Civil Veterinary Department. Central Provinces & Berar 1925-31 - 1925-1931
Year: 1925
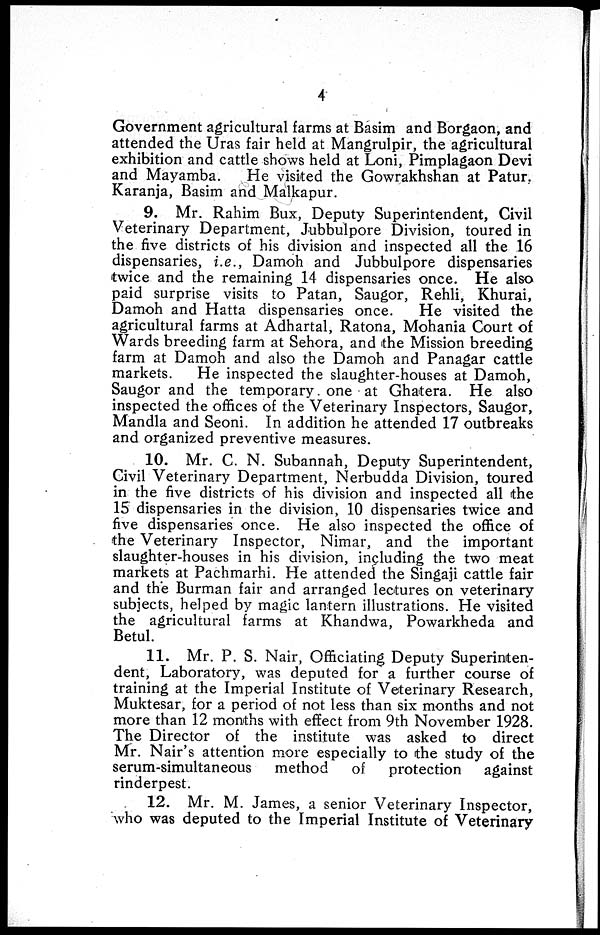
4
Government agricultural farms at Basim and Borgaon, and
attended the Uras fair held at Mangrulpir, the agricultural
exhibition and cattle shows held at Loni, Pimplagaon Devi
and Mayamba.
He visited the Gowrakhshan at Patur.
Karanja, Basim and Malkapur.
9. Mr. Rahim Bux, Deputy Superintendent, Civil
Veterinary Department, Jubbulpore Division, toured in
the five districts of his division and inspected all the 16
dispensaries, i.e., Damoh and Jubbulpore dispensaries
twice and the remaining 14 dispensaries once. He also
paid surprise visits to Patan, Saugor, Rehli, Khurai,
Damoh and Hatta dispensaries once.
He visited the
agricultural farms at Adhartal, Ratona, Mohania Court of
Wards breeding farm at Sehora, and the Mission breeding
farm at Damoh and also the Damoh and Panagar cattle
markets.
He inspected the slaughter-houses at Damoh,
Saugor and the temporary one at Ghatera. He also
inspected the offices of the Veterinary Inspectors, Saugor,
Mandla and Seoni. In addition he attended 17 outbreaks
and organized preventive measures.
10. Mr. C. N. Subannah, Deputy Superintendent,
Civil Veterinary Department, Nerbudda Division, toured
in the five districts of his division and inspected all the
15 dispensaries in the division, 10 dispensaries twice and
five dispensaries once. He also inspected the office of
the Veterinary Inspector, Nimar, and the important
slaughter-houses in his division, including the two meat
markets at Pachmarhi. He attended the Singaji cattle fair
and the Burman fair and arranged lectures on veterinary
subjects, helped by magic lantern illustrations. He visited
the agricultural farms at Khandwa, Powarkheda and
Betul.
11. Mr. P. S. Nair, Officiating Deputy Superinten-
dent, Laboratory, was deputed for a further course of
training at the Imperial Institute of Veterinary Research,
Muktesar, for a period of not less than six months and not
more than 12 months with effect from 9th November 1928.
The Director of the institute was asked to direct
Mr. Nair's attention more especially to the study of the
serum-simultaneous
method
of
protection
against
rinderpest.
12. Mr. M. James, a senior Veterinary Inspector,
who was deputed to the Imperial Institute of Veterinary